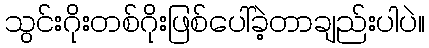
သွင်းဂိုးတစ်ဂိုးဖြစ်ပေါ်ခဲ့တာချည်းပါပဲ။